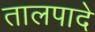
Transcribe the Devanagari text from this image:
तालपादे